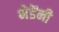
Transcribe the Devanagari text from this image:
भेडेंनी